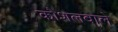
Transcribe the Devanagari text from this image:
कौशलवाले